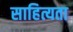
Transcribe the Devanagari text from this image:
साहित्यता